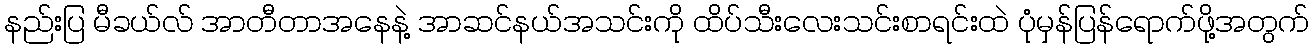
နည်းပြ မီခယ်လ် အာတီတာအနေနဲ့ အာဆင်နယ်အသင်းကို ထိပ်သီးလေးသင်းစာရင်းထဲ ပုံမှန်ပြန်ရောက်ဖို့အတွက်